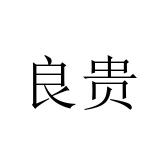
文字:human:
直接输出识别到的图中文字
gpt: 良贵